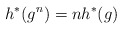
\begin{align*} h^*(g^n) = n h^*(g)\end{align*}